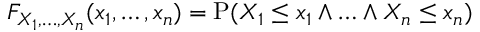
F _ { X _ { 1 } , \ldots , X _ { n } } ( x _ { 1 } , \ldots , x _ { n } ) = \operatorname { P } ( X _ { 1 } \leq x _ { 1 } \land \ldots \land X _ { n } \leq x _ { n } )